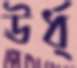
ঊর্ধ্